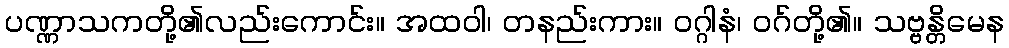
ပဏ္ဏာသကတို့၏လည်းကောင်း။ အထဝါ၊ တနည်းကား။ ဝဂ္ဂါနံ၊ ဝဂ်တို့၏။ သဗ္ဗန္တိမေန